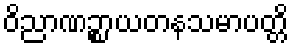
ဝိညာဏဉ္စာယတနသမာပတ္တိ